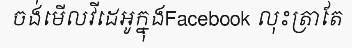
ចង់មើលវីដេអូក្នុងFacebook លុះត្រាតែ